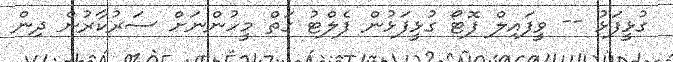
ގުޅީފަޅު -- ވީފައިލް ފޮޓޯ ގުޅީފަޅުން ފެލްޓު ގަތް މީހުންނަށް ސަރުކާރުން ދިން